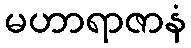
မဟာရာဇာနံ